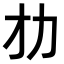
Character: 𠠸